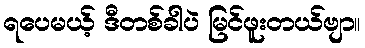
ရပေမယ့် ဒီတစ်ခါပဲ မြင်ဖူးတယ်ဗျာ။